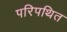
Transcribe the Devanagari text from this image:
परिपथित